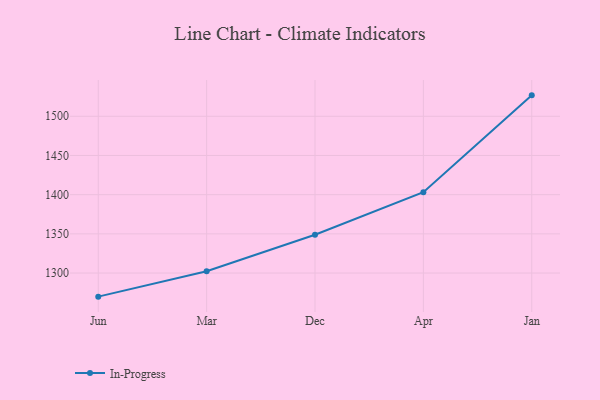
{"axis": {"x": "Month", "y": "Page Views"}, "legend": ["In-Progress"], "data": [{"x": "Jun", "y": 1269.9, "type": "In-Progress"}, {"x": "Mar", "y": 1302.3, "type": "In-Progress"}, {"x": "Dec", "y": 1348.8, "type": "In-Progress"}, {"x": "Apr", "y": 1403.2, "type": "In-Progress"}, {"x": "Jan", "y": 1526.7, "type": "In-Progress"}]}